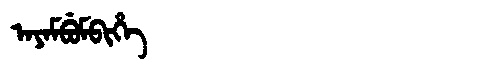
Manchu: ᠠᠶᠠᠮᠪᡠᠮᠪᡳᡥᡝ
Romanization: AYAMBUMBIHE